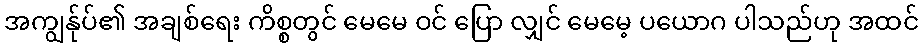
အကျွန်ုပ်၏ အချစ်ရေး ကိစ္စတွင် မေမေ ဝင် ပြော လျှင် မေမေ့ ပယောဂ ပါသည်ဟု အထင်